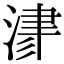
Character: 𣸁